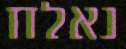
נאלח